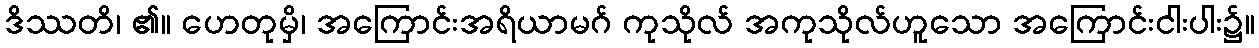
ဒိဿတိ၊ ၏။ ဟေတုမှိ၊ အကြောင်းအရိယာမဂ် ကုသိုလ် အကုသိုလ်ဟူသော အကြောင်းငါးပါး၌။